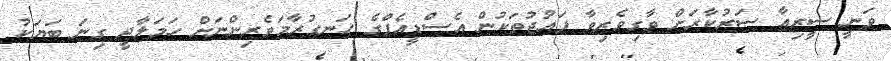
ވަނީ ސީރިއާ ސަރުކާރަށް ވާގިވެރިވާ ފައުޖުތަކުން އެސްޑީއެފްގެ ހަނގުރާމަވެރިންނަށް ހަމަލާދީ ގިނަ ބަޔަކު